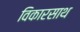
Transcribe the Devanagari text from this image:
विकारसाथ